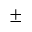
\pm